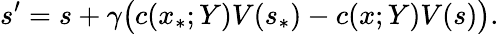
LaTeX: s^{\prime}=s+\gamma\bigl(c(x_{\ast};Y)V(s_{\ast})-c(x;Y)V(s)\bigr).